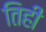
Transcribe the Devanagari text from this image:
तिही